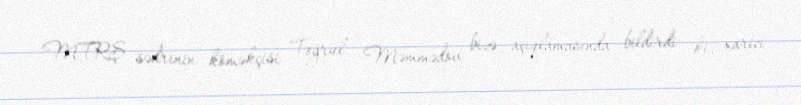
MTRŞ sədrinin köməkçisi Toğrul Məmmədov bizə açıqlamasında bildirdi ki, xarici